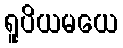
ရူပိယမယေ